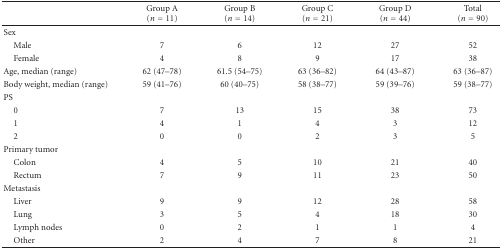
<table><thead><tr><td></td><td><b>Group A (<i>n</i> = 11)</b></td><td><b>Group B (<i>n</i> = 14)</b></td><td><b>Group C (<i>n</i> = 21)</b></td><td><b>Group D (<i>n</i> = 44)</b></td><td><b>Total (<i>n</i> = 90)</b></td></tr></thead><tbody><tr><td> Sex</td><td></td><td></td><td></td><td></td><td></td></tr><tr><td> Male</td><td>7</td><td>6</td><td>12</td><td>27</td><td>52</td></tr><tr><td> Female</td><td>4</td><td>8</td><td>9</td><td>17</td><td>38</td></tr><tr><td>Age, median (range)</td><td>62 (47–78)</td><td>61.5 (54–75)</td><td>63 (36–82)</td><td>64 (43–87)</td><td>63 (36–87)</td></tr><tr><td>Body weight, median (range)</td><td>59 (41–76)</td><td>60 (40–75)</td><td>58 (38–77)</td><td>59 (39–76)</td><td>59 (38–77)</td></tr><tr><td>PS</td><td></td><td></td><td></td><td></td><td></td></tr><tr><td> 0</td><td>7</td><td>13</td><td>15</td><td>38</td><td>73</td></tr><tr><td> 1</td><td>4</td><td>1</td><td>4</td><td>3</td><td>12</td></tr><tr><td> 2</td><td>0</td><td>0</td><td>2</td><td>3</td><td>5</td></tr><tr><td>Primary tumor</td><td></td><td></td><td></td><td></td><td></td></tr><tr><td> Colon</td><td>4</td><td>5</td><td>10</td><td>21</td><td>40</td></tr><tr><td> Rectum</td><td>7</td><td>9</td><td>11</td><td>23</td><td>50</td></tr><tr><td>Metastasis</td><td></td><td></td><td></td><td></td><td></td></tr><tr><td> Liver</td><td>9</td><td>9</td><td>12</td><td>28</td><td>58</td></tr><tr><td> Lung</td><td>3</td><td>5</td><td>4</td><td>18</td><td>30</td></tr><tr><td> Lymph nodes</td><td>0</td><td>2</td><td>1</td><td>1</td><td>4</td></tr><tr><td> Other</td><td>2</td><td>4</td><td>7</td><td>8</td><td>21</td></tr></tbody></table>